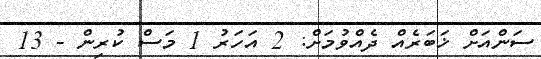
ސަންއަށް ޚަބަރެއް ދެއްވުމަށް: 2 އަހަރު 1 މަސް ކުރިން - 13